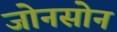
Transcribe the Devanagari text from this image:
जोनसोन